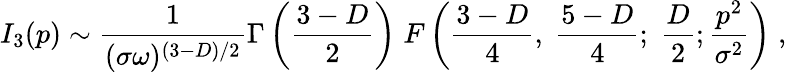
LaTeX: I_{3}(p)\sim\frac{1}{(\sigma\omega)^{(3-D)/2}}\Gamma\left(\frac{3-D}{2}\right)\; F\left(\frac{3-D}{4},\; \frac{5-D}{4};\; \frac{D}{2};\frac{p^{2}}{\sigma^{2}}\right)\; ,